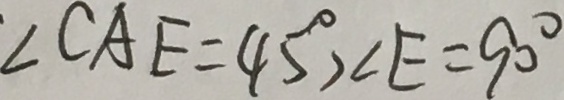
\angle C A E = 4 5 ^ { \circ } , \angle E = 9 0 ^ { \circ }